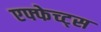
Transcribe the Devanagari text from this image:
एफ्फेच्ट्स